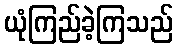
ယုံကြည်ခဲ့ကြသည်